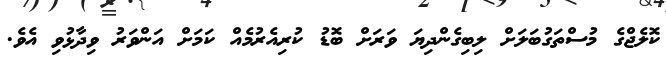
ކޮލެޖްގެ މުސްތަގުބަލަށް ލިބިގެންދިޔަ ވަރަށް ބޮޑު ކުރިއެރުމެއް ކަމަށް އަންވަރު ވިދާޅުވި އެވެ.